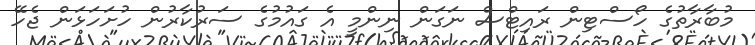
މުބާރާތުގެ ހޯސްޓިން ރައިޓްސް ނަގަން ނިންމީ އެ ގައުމުގެ ސަރުކާރުން ހުށަހަޅަން ޖެހޭ